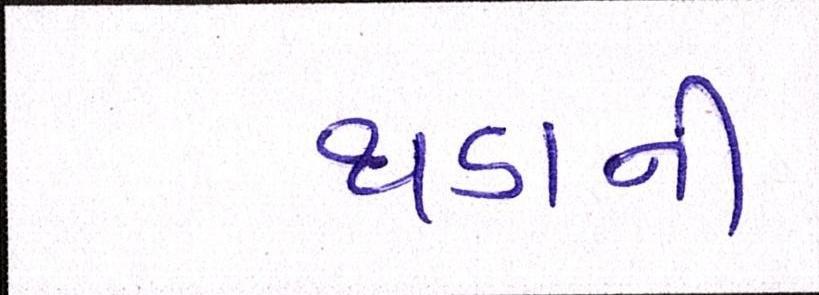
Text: થડાની